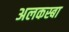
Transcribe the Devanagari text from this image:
अलकस्बा